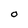
Character: O